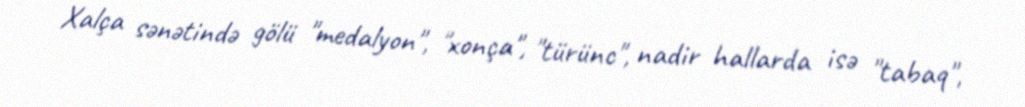
Xalça sənətində gölü "medalyon", "xonça", "türünc", nadir hallarda isə "tabaq",